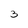
Character: 3